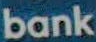
bank